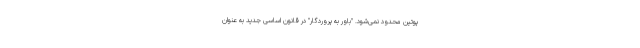
پوتین محدود نمی‌شود. "باور به پروردگار" در قانون اساسی جدید به عنوان